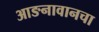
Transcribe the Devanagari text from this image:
आङनावानचा